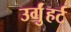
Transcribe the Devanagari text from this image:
उर्गुंहर्ट